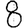
Digit: 8